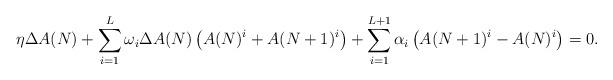
LaTeX: \begin{align*}\eta\Delta A(N) + \sum_{i=1}^L\omega_i\Delta A(N)\left( A(N)^i + A(N+1)^i\right)+\sum_{i=1}^{L+1}\alpha_i\left( A(N+1)^i - A(N)^i \right)=0.\end{align*}